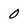
Character: 0